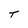
Character: T